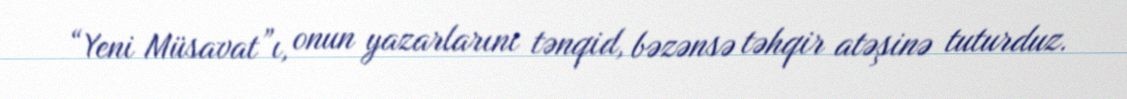
“Yeni Müsavat”ı, onun yazarlarını tənqid, bəzənsə təhqir atəşinə tuturduz.